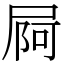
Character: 屙